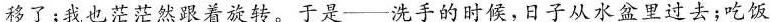
移了；我也茫茫然跟着旋转。于是——洗手的时候，日子从水盆里过去；吃饭